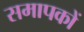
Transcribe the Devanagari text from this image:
समापकों